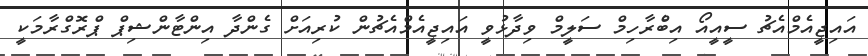
އައިޖީއެމްއެޗު ސީއީއޯ އިބްެރާހިމް ސަލީމް ވިދާޅުވީ އައިޖީއެމްއެޗުން ކުރިއަށް ގެންދާ އިންޓާންޝިޕް ޕްރޮގްރާމަކީ